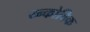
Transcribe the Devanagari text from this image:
य्न्कोविक